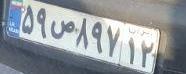
۵۹ص۸۹۷۱۲